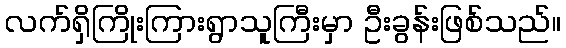
လက်ရှိကြိုးကြားရွာသူကြီးမှာ ဦးခွန်းဖြစ်သည်။